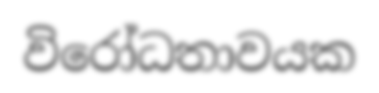
විරෝධතාවයක